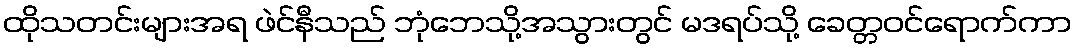
ထိုသတင်းများအရ ဖဲင်နီသည် ဘုံဘေသို့အသွားတွင် မဒရပ်သို့ ခေတ္တဝင်ရောက်ကာ